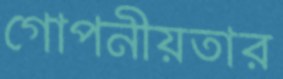
গোপনীয়তার